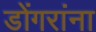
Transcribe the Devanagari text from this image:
डोंगरांना